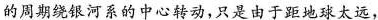
的周期绕银河系的中心转动，只是由于距地球太远，